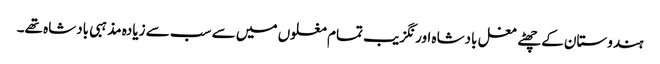
ہندوستان کے چھٹے مغل بادشاہ اورنگزیب تمام مغلوں میں سے سب سے زیادہ مذہبی بادشاہ تھے۔